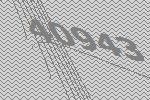
40943